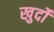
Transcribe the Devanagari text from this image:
खुर्दो